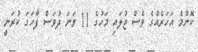
ކޮންމެ އަހަރެއްގެ ވެސް ޖުލައި މަހުގެ 11 ވަނަ ދުވަސް ފާހަގަ ކުރަނީ